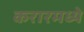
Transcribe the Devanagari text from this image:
करारमध्ये